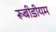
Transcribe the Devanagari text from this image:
रूबीडीयम